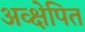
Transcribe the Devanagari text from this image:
अव्क्षेपित